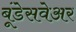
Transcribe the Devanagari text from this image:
बूंडेसवेअर